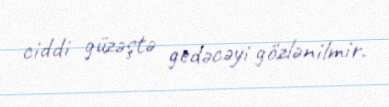
ciddi güzəştə gedəcəyi gözlənilmir.